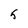
Character: 5